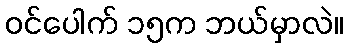
ဝင်ပေါက် ၁၅က ဘယ်မှာလဲ။